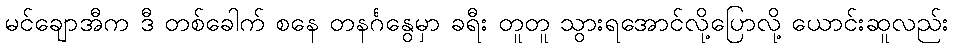
မင်ချောအီက ဒီ တစ်ခေါက် စနေ တနင်္ဂနွေမှာ ခရီး တူတူ သွားရအောင်လို့ပြောလို့ ယောင်းဆူလည်း